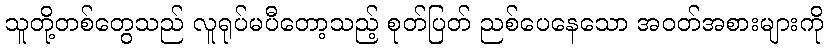
သူတို့တစ်တွေသည် လူရုပ်မပီတော့သည့် စုတ်ပြတ် ညစ်ပေနေသော အဝတ်အစားများကို